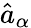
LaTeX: \hat{a}_{\alpha}